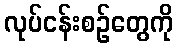
လုပ်ငန်းစဉ်တွေကို